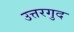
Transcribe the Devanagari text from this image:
उत्तरगुद